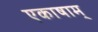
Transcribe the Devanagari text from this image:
एकाषाम्